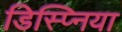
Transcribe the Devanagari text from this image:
डिस्प्निया